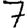
Digit: 7